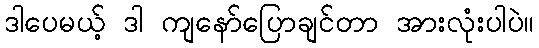
ဒါပေမယ့် ဒါ ကျနော်ပြောချင်တာ အားလုံးပါပဲ။